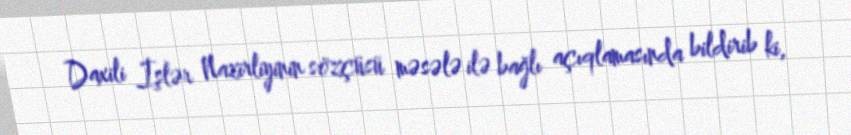
Daxili İşlər Nazirliyinin sözçüsü məsələ ilə bağlı açıqlamasında bildirib ki,